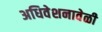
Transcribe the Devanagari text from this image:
अधिवेशनावेळी